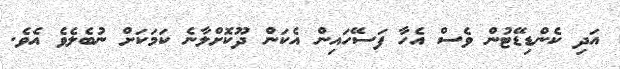
އަދި ކެންޑިޑޭޓުން ވެސް އެހާ ފަސޭހައިން އެކަން ދޫކޮށްލާނެ ކަމަކަށް ނުބެލެވެ އެވެ.